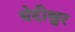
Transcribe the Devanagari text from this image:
चेदीश्वर